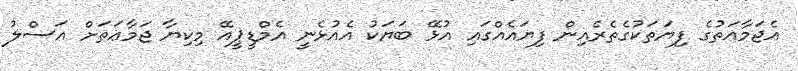
އެޖަމާއަތުގެ ފިޔަތަކުގެތެރެއިން ފިޔައެއްގައި އުޅޭ ބަޔަކު އެއުޅެނީ އެމްޑީޕީއޭ މިކިޔާ ޖަމާޢަތަށް އަސްލު